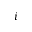
i